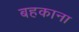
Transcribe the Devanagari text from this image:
बहकाना